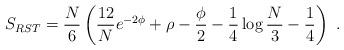
LaTeX: \begin{align*}S_{RST}={N\over6} \left({12\over N} e^{-2\phi}+\rho-{\phi\over2}-{1\over4}\log {N\over3}-{1\over4}\right)\ .\end{align*}